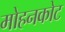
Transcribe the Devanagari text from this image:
मोहनकोट